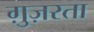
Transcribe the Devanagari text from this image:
ग़ुज़रता